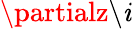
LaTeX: \partialz\backslash\mathit{i}